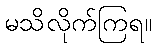
မသိလိုက်ကြရ။